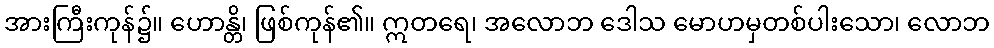
အားကြီးကုန်၌။ ဟောန္တိ၊ ဖြစ်ကုန်၏။ ဣတရေ၊ အလောဘ ဒေါသ မောဟမှတစ်ပါးသော၊ လောဘ